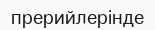
прерийлерінде